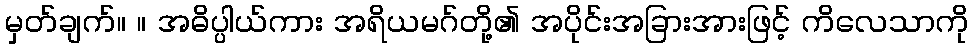
မှတ်ချက်။ ။ အဓိပ္ပါယ်ကား အရိယမဂ်တို့၏ အပိုင်းအခြားအားဖြင့် ကိလေသာကို